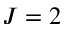
J = 2